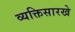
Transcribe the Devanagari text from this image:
व्यक्तिसारखे